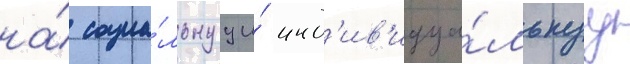
на́ социа́льнуу и́ инд'ив'идуа́льнуу